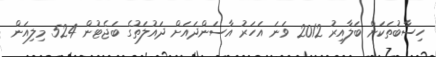
ހިސާބުތަކަށް ބަލާއިރު 2012 ވަނަ އަހަރު އާސަންދައަށް ދައުލަތުގެ ބަޖެޓުން 524 މިލިއަން